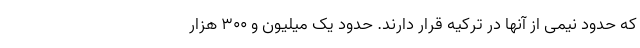
که حدود نیمی از آنها در ترکیه قرار دارند. حدود یک میلیون و ۳۰۰ هزار